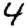
Digit: 4